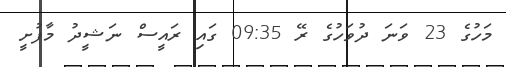
މަހުގެ 23 ވަނަ ދުވަހުގެ ރޭ 09:35 ގައި ރައީސް ނަޝީދު މާފުށީ